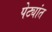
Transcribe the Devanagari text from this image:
पेट्यांत